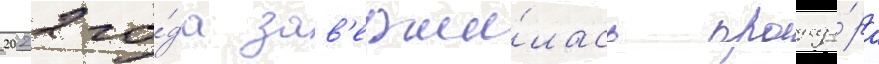
2022 го́да зав'ерши́лась процеду́ра